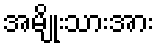
အမျိုးသားအား